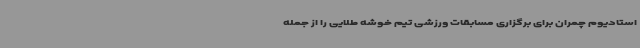
استادیوم چمران برای برگزاری مسابقات ورزشی تیم خوشه طلایی را از جمله